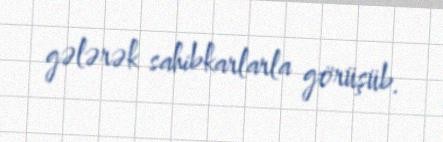
gələrək sahibkarlarla görüşüb.